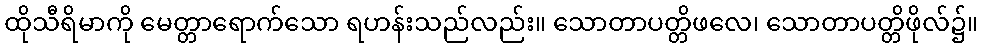
ထိုသီရိမာကို မေတ္တာရောက်သော ရဟန်းသည်လည်း။ သောတာပတ္တိဖလေ၊ သောတာပတ္တိဖိုလ်၌။